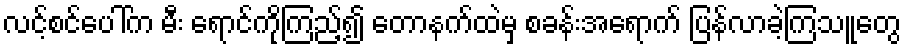
လင့်စင်ပေါ်က မီး ရောင်ကိုကြည့်၍ တောနက်ထဲမှ စခန်းအရောက် ပြန်လာခဲ့ကြသူတွေ